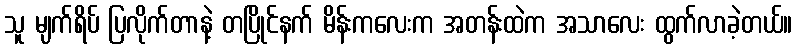
သူ မျက်ရိပ် ပြလိုက်တာနဲ့ တပြိုင်နက် မိန်းကလေးက အတန်းထဲက အသာလေး ထွက်လာခဲ့တယ်။